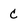
Character: C